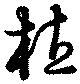
植